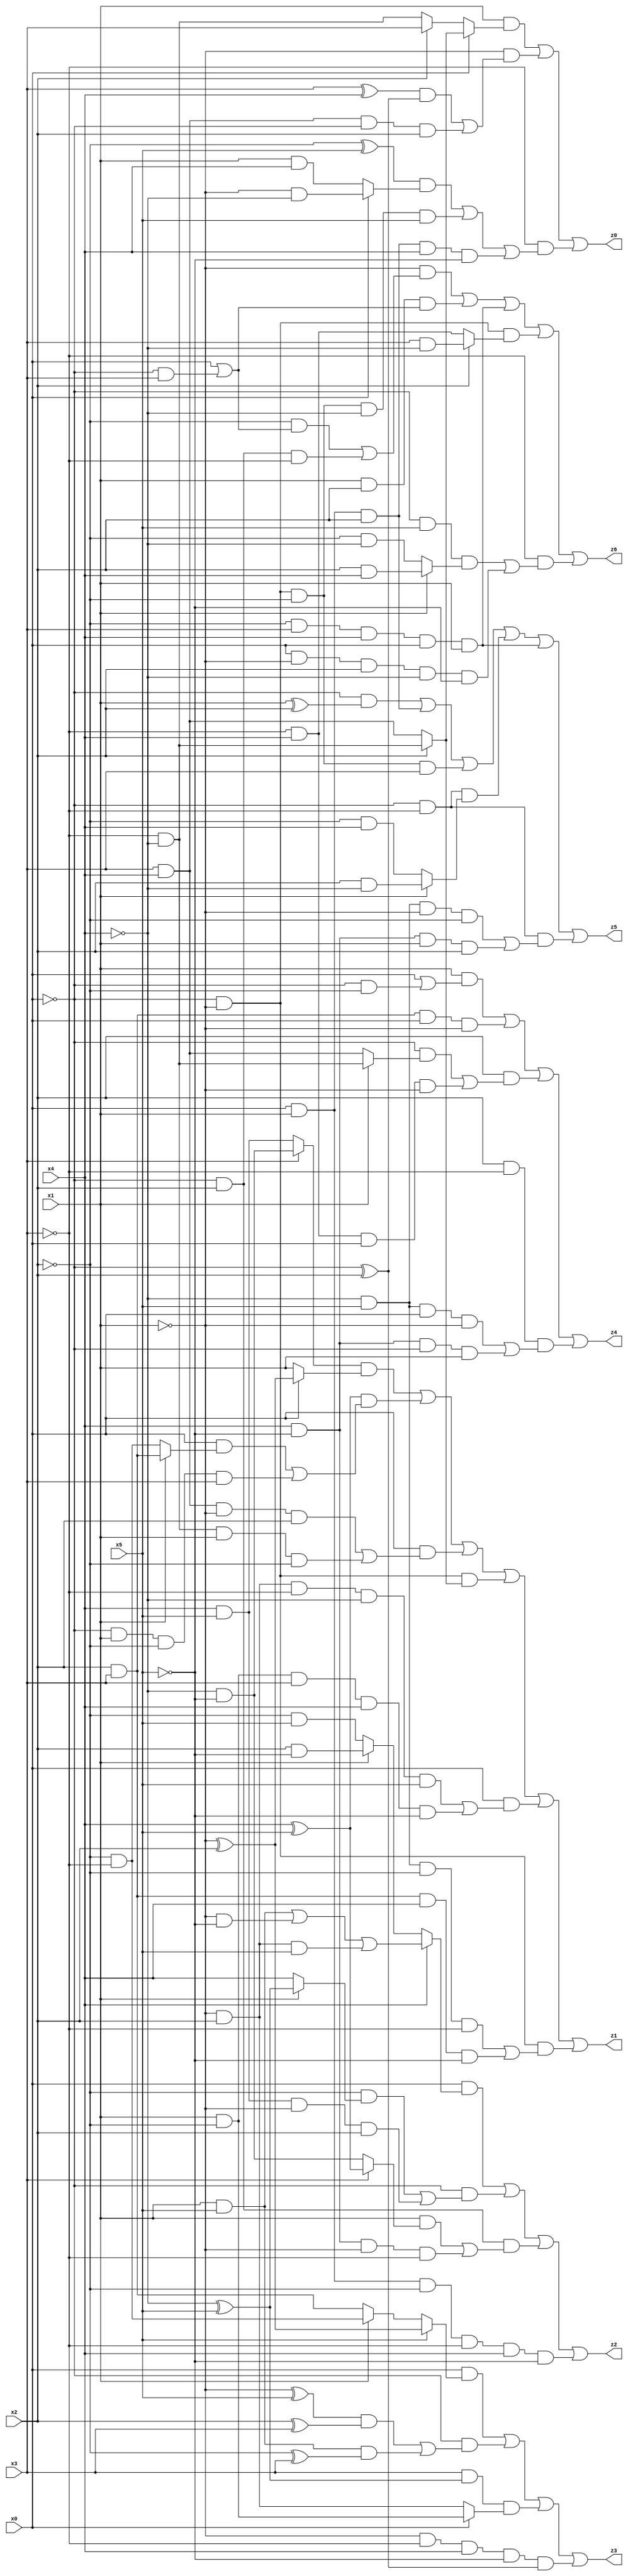
// Benchmark "X_28" written by ABC on Thu Jun 29 21:18:58 2023

module X_28 ( 
    x0, x1, x2, x3, x4, x5,
    z0, z1, z2, z3, z4, z5, z6  );
  input  x0, x1, x2, x3, x4, x5;
  output z0, z1, z2, z3, z4, z5, z6;
  assign z0 = (x1 & (x0 ? (x2 ? (~x3 & ~x4) : (x3 & x4)) : (x2 ? x3 : (~x3 & ~x4)))) | (~x1 & (((x3 ^ x4) & (~x0 ^ x2)) | (x3 & x4 & ~x0 & x2))) | (~x3 & (((~x2 ^ x5) & (x0 ? (~x1 & ~x4) : (x1 & x4))) | (~x0 & ~x1 & ~x2 & ~x4 & x5) | (x0 & x1 & x2 & x4 & ~x5)));
  assign z1 = ((x3 ? (~x4 & ~x5) : (x4 & x5)) & (x0 ? (~x1 ^ x2) : x1)) | ((x4 ^ x5) & ((x0 & (x1 ? (x2 & x3) : (~x2 & ~x3))) | (~x0 & x1 & ~x2 & x3))) | (x0 & ((x3 & x4 & ~x1 & x2) | (~x3 & ~x4 & x1 & ~x2))) | (~x0 & ~x1 & (x2 ? (~x3 & ~x4) : (x3 & x4))) | (x0 & ((~x1 & x2 & ~x3 & ~x4 & x5) | (x1 & ~x2 & x3 & x4 & ~x5))) | (~x0 & ~x1 & ((~x4 & x5 & ~x2 & ~x3) | (x2 & x3 & x4 & ~x5)));
  assign z2 = (x0 & (x4 ? ((x1 & x5) | (~x1 & ~x5) | (~x1 & x2 & x5)) : (x1 ? (x2 & ~x5) : (~x2 & x5)))) | (~x0 & ((~x2 & (x1 ? (~x4 ^ x5) : x4)) | (x4 & x5 & ~x1 & x2))) | (~x0 & x2 & ((x1 & (x3 ? (x4 ^ x5) : (~x4 & ~x5))) | (x4 & ~x5 & ~x1 & ~x3))) | (x0 & x1 & ~x2 & ~x3 & x4 & ~x5);
  assign z3 = (x0 & (x5 ? (~x1 ^ x2) : (x1 ? (~x2 & ~x3) : (x2 & x3)))) | (~x0 & (((~x1 ^ x5) & (x2 ^ x3)) | (x1 & x5 & (~x2 ^ x3)))) | (x3 & (~x4 ^ x5) & (x0 ? (x1 & ~x2) : (~x1 & x2))) | (~x1 & ~x3 & x4 & ~x5 & (~x0 ^ x2));
  assign z4 = (x1 & (x0 | (~x0 & ~x2))) | (x2 & x3 & x0 & ~x1) | (x2 & ((~x0 & (x1 ? (~x3 & ~x4) : (x3 & x4))) | (~x3 & x4 & x0 & ~x1))) | (x2 & ~x3 & ((~x4 & x5 & x0 & ~x1) | (x4 & ~x5 & ~x0 & x1)));
  assign z5 = (~x0 & (x1 ^ x2)) | (x0 & x1 & x2) | (~x0 & ~x1 & ~x2 & x3) | (~x0 & ~x3 & (x1 ? (x2 & ~x4) : (~x2 & x4))) | (~x2 & x3 & x4 & x0 & x1) | (~x0 & ~x3 & ((~x4 & x5 & ~x1 & ~x2) | (x4 & ~x5 & x1 & x2)));
  assign z6 = (~x1 & ((~x2 & (x0 | (~x0 & x3))) | (~x0 & x2 & ~x3))) | (x1 & x2 & (x0 | (~x0 & x3))) | (~x2 & x3 & x4 & x0 & x1) | (~x0 & ~x1 & (x2 ? (x3 & ~x4) : (~x3 & x4))) | (~x3 & ((~x0 & x5 & (x1 ? (x2 & x4) : (~x2 & ~x4))) | (x0 & ~x1 & x2 & ~x4 & ~x5)));
endmodule